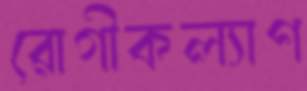
রোগীকল্যাণ